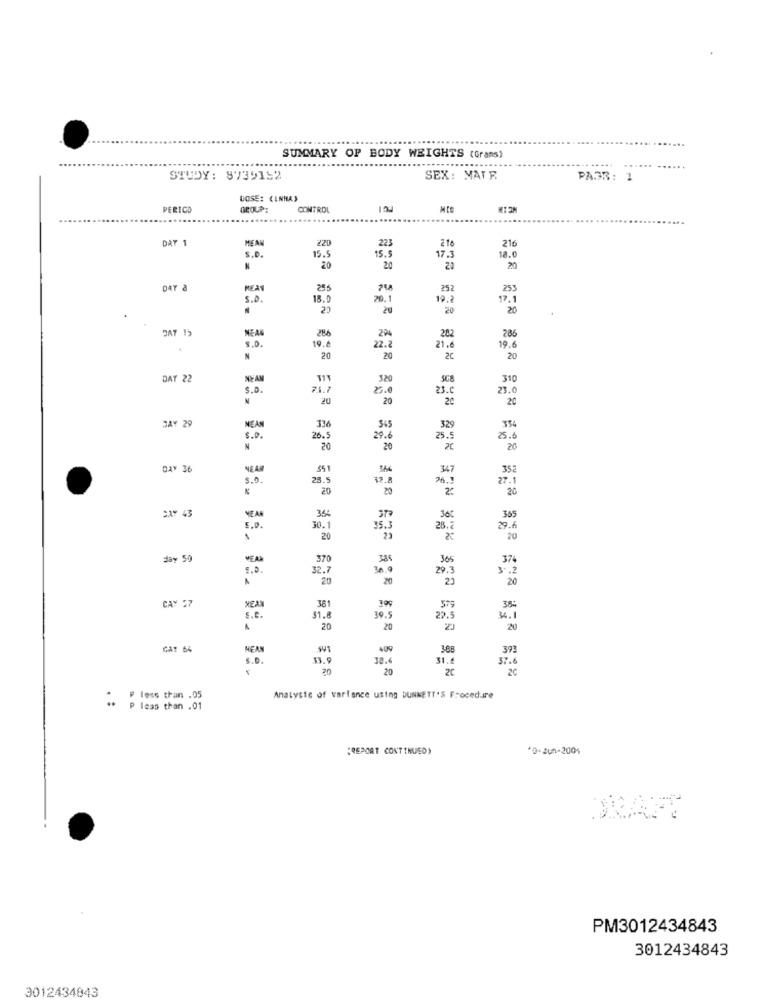
SUMMARY OF BODY WEIGHTS (Grans)
STUDY: 8739152
SEX: MATE
PASR: 1
DOSE: CLNRA)
PERICO
GROUP:
CONTROL
DAT 1
MEAN
220
223
216
21
S.D.
15.5
15.5
17.3
18.0
N
20
20
20
20
DAY a
MEAN
255
252
253
S.D.
18.0
70.1
19.2
17.
20
20
20
20
DAT 15
NEAG
224
S.O.
19.6
286
22.2
282
19.6
286
21.6
N
20
20
2℃
20
DAY 22
SC8
310
S.D.
71.7
27.0
23.0
23.0
N
20
20
20
20
DAY 29
545
334
MEAN
336
325
S.D.
26.5
29.6
25.5
25.6
N
20
20
20
DAY 36
NEAR
$51
347
352
5.0.
28.5
12.
26.
27.
20
20
20
SAY 43
365
MEAN
365
5.0.
30.1
35.1
28.2
29.
20
23
20
day 50
VEAL
370
385
365
374
5.0.
32.7
30.0
29.
3 -. 2
20
20
23
20
361
300
38:
CAY 27
579
s.c.
31.
39.5
22.
4.1
20
20
20
CAT 64
MEAN
409
368
37
S.P.
38.4
31.6
37.6
20
20
2C
P less than .05
Analyste of variance using DUNNETT'S Procedure
P Icas than .01
"REPORT CONTINUED)
*D-Jun-2004
PM3012434843
3012434843
3012434843